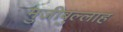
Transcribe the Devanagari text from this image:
मुजीबुल्लाह